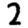
Digit: 2